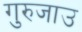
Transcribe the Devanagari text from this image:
गुरुजाउ